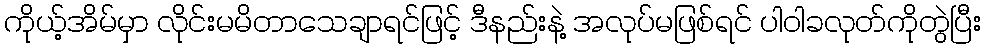
ကိုယ့်အိမ်မှာ လိုင်းမမိတာသေချာရင်ဖြင့် ဒီနည်းနဲ့ အလုပ်မဖြစ်ရင် ပါဝါခလုတ်ကိုတွဲပြီး